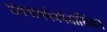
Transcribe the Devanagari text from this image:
रामनामपंचपंचाशिका